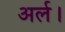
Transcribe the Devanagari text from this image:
अर्ल।